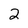
Character: 2